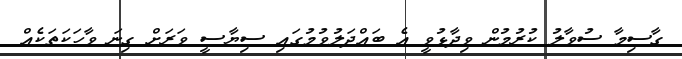
ގާސިމާ ސުވާލު ކުރުމުން ވިދާޅުވީ އެ ބައްދަލުވުމުގައި ސިޔާސީ ވަރަށް ގިނަ ވާހަކަތަކެއް